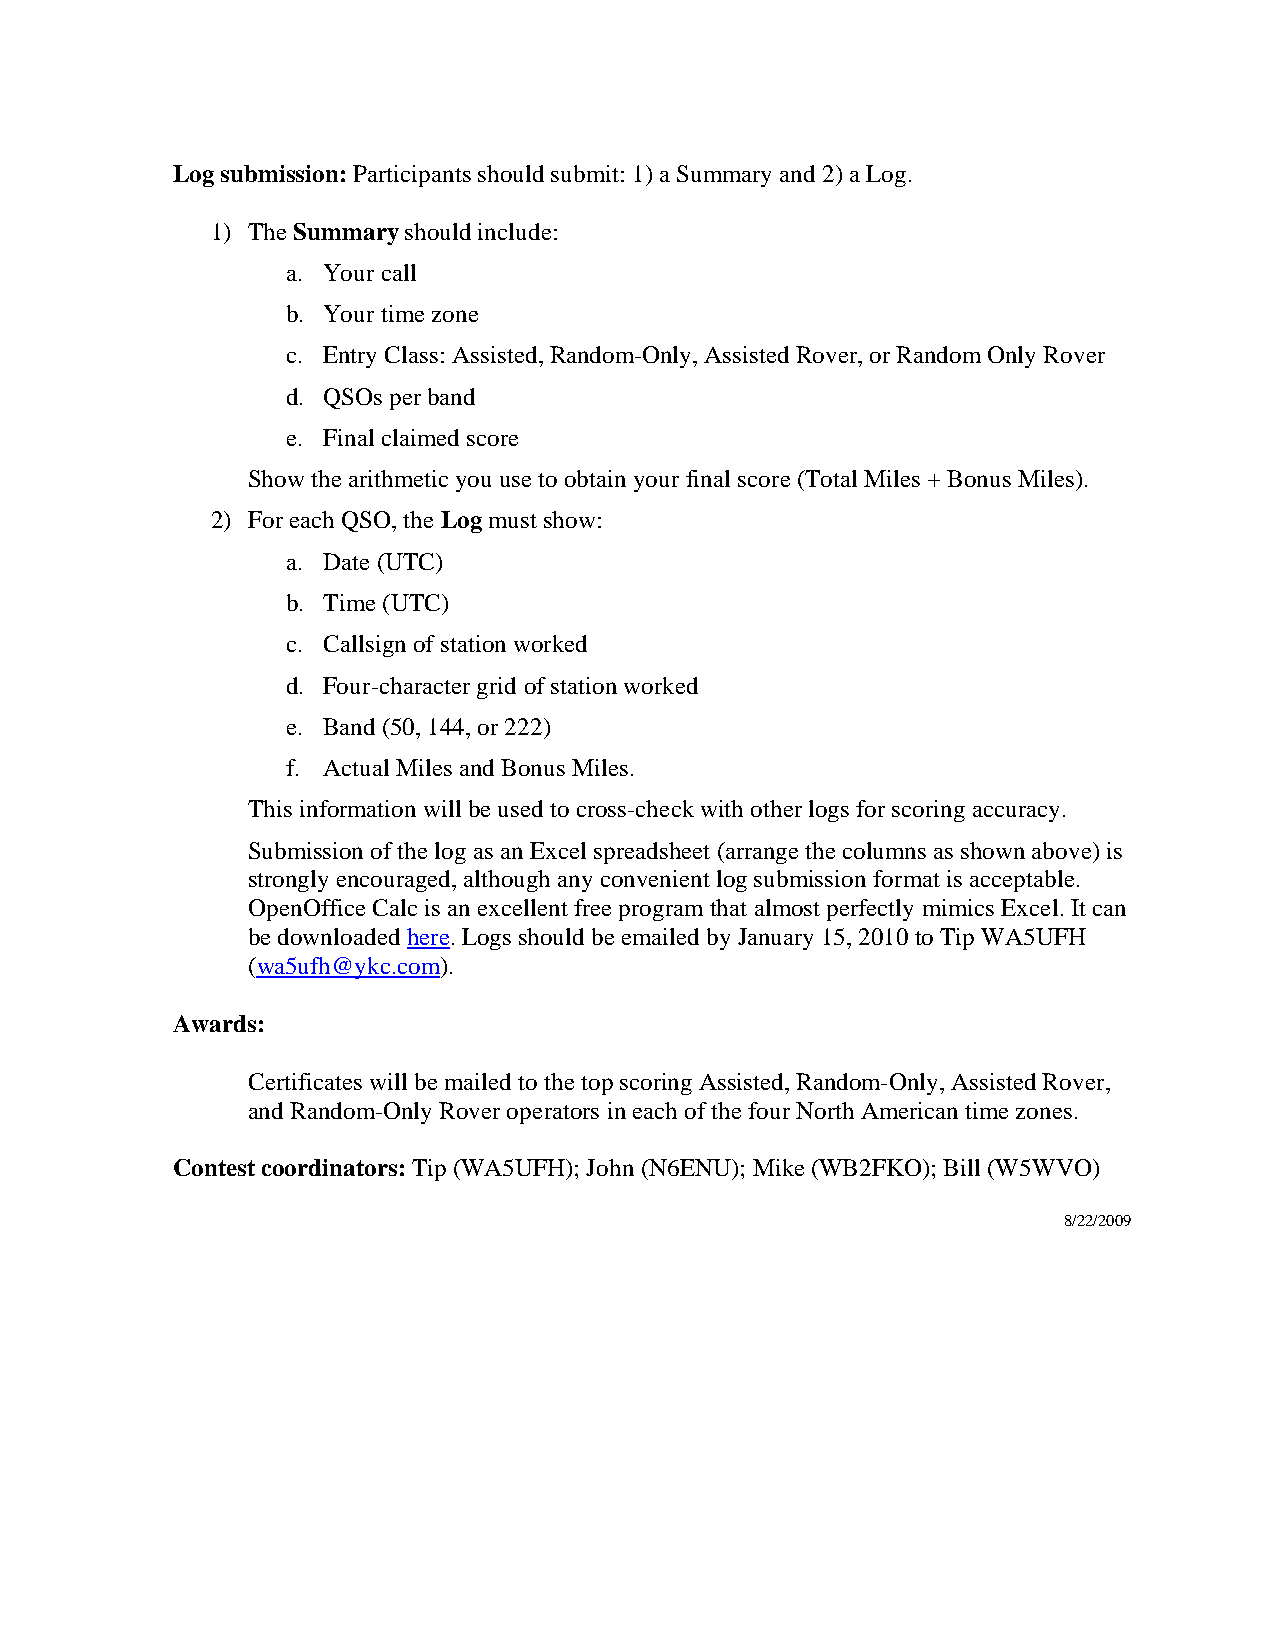
Log submission: Participants should submit: 1) a Summary and 2) a Log.
 1) The Summary should include:
 a. Your call
 b. Your time zone
 c. Entry Class: Assisted, Random-Only, Assisted Rover, or Random Only Rover
 d. QSOs per band
 e. Final claimed score
 Show the arithmetic you use to obtain your final score (Total Miles + Bonus Miles).
 2) For each QSO, the Log must show:
 a. Date (UTC)
 b. Time (UTC)
 c. Callsign of station worked
 d. Four-character grid of station worked
 e. Band (50, 144, or 222)
 f. Actual Miles and Bonus Miles.
 This information will be used to cross-check with other logs for scoring accuracy.
 Submission of the log as an Excel spreadsheet (arrange the columns as shown above) is
 strongly encouraged, although any convenient log submission format is acceptable.
 OpenOffice Calc is an excellent free program that almost perfectly mimics Excel. It can
 be downloaded here. Logs should be emailed by January 15, 2010 to Tip WA5UFH
 (wa5ufh@ykc.com).
 Awards:
 Certificates will be mailed to the top scoring Assisted, Random-Only, Assisted Rover,
 and Random-Only Rover operators in each of the four North American time zones.
 Contest coordinators: Tip (WA5UFH); John (N6ENU); Mike (WB2FKO); Bill (W5WVO)
 8/22/2009